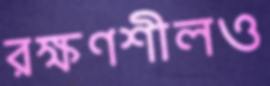
রক্ষণশীলও